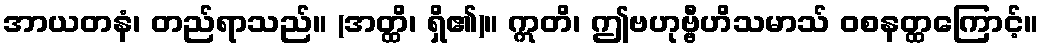
အာယတနံ၊ တည်ရာသည်။ (အတ္ထိ၊ ရှိ၏)။ ဣတိ၊ ဤဗဟုဗ္ဗီဟိသမာသ် ဝစနတ္ထကြောင့်။